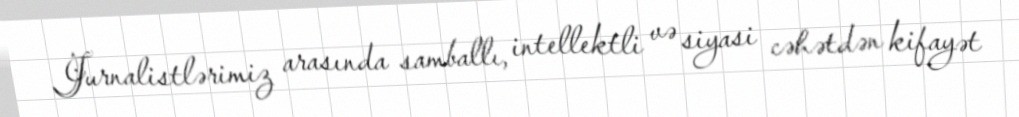
Jurnalistlərimiz arasında samballı, intellektli və siyasi cəhətdən kifayət